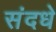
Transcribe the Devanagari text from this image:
संदधे